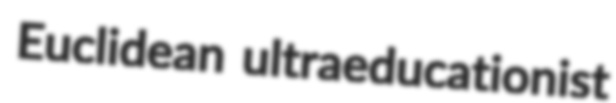
Euclidean ultraeducationist